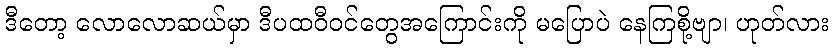
ဒီတော့ လောလောဆယ်မှာ ဒီပထဝီဝင်တွေအကြောင်းကို မပြောပဲ နေကြစို့ဗျာ၊ ဟုတ်လား